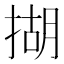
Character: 𢰮